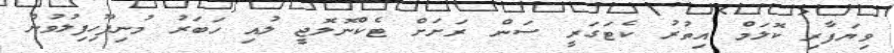
ވިޔަފާރި ކޮލަމް އިތުރު ކެޓަގަރީ ސަން ރަށަށް ޓެކްނޮލޮޖީ ލުއި ހަބަރު މުނިފޫހިފިލުވުން